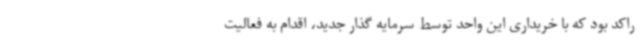
راکد بود که با خریداری این واحد توسط سرمایه گذار جدید، اقدام به فعالیت